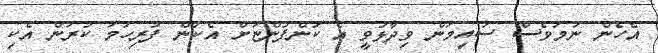
އެހެން ނަމަވެސް ސައިމަން ވިދާޅުވީ އެ ކުންފުންޏަށް އެކަން ފުރިހަމަ ކުރަން އެކި